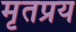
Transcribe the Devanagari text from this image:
मृतप्रय